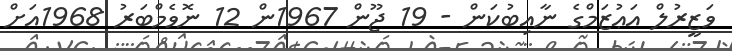
ވަޒީރުލް އަޢުޒަމްގެ ނާއިބުކަން - 19 ޖޫން 1967ން 12 ނޮވެމްބަރު 1968އަށް